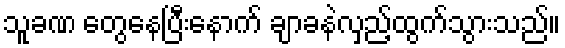
သူခဏ တွေနေပြီးနောက် ချာခနဲလှည့်ထွက်သွားသည်။